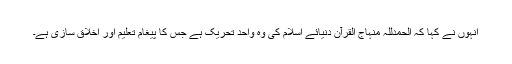
انہوں نے کہا کہ الحمدللہ منہاج القرآن دنیائے اسلام کی وہ واحد تحریک ہے جس کا پیغام تعلیم اور اخلاق سازی ہے۔